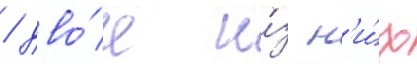
/ дво́е и́з н'и́х